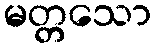
မတ္တသော